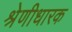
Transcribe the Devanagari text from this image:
श्रेणीधारक